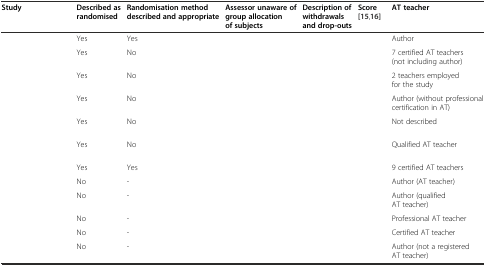
<table><thead><tr><td><b>Study</b></td><td><b>Described as randomised</b></td><td><b>Randomisation method described and appropriate</b></td><td><b>Assessor unaware of group allocation of subjects</b></td><td><b>Description of withdrawals and drop-outs</b></td><td><b>Score[15, 16]</b></td><td><b>AT teacher</b></td></tr></thead><tbody><tr><td>[EMPTY_CELL]</td><td>Yes</td><td>Yes</td><td>[EMPTY_CELL]</td><td>[EMPTY_CELL]</td><td>[EMPTY_CELL]</td><td>Author</td></tr><tr><td>[EMPTY_CELL]</td><td>Yes</td><td>No</td><td>[EMPTY_CELL]</td><td>[EMPTY_CELL]</td><td>[EMPTY_CELL]</td><td>7 certified AT teachers (not including author)</td></tr><tr><td>[EMPTY_CELL]</td><td>Yes</td><td>No</td><td>[EMPTY_CELL]</td><td>[EMPTY_CELL]</td><td>[EMPTY_CELL]</td><td>2 teachers employed for the study</td></tr><tr><td>[EMPTY_CELL]</td><td>Yes</td><td>No</td><td>[EMPTY_CELL]</td><td>[EMPTY_CELL]</td><td>[EMPTY_CELL]</td><td>Author (without professional certification in AT)</td></tr><tr><td>[EMPTY_CELL]</td><td>Yes</td><td>No</td><td>[EMPTY_CELL]</td><td>[EMPTY_CELL]</td><td>[EMPTY_CELL]</td><td>Not described</td></tr><tr><td>[EMPTY_CELL]</td><td>Yes</td><td>No</td><td>[EMPTY_CELL]</td><td>[EMPTY_CELL]</td><td>[EMPTY_CELL]</td><td>Qualified AT teacher</td></tr><tr><td>[EMPTY_CELL]</td><td>Yes</td><td>Yes</td><td>[EMPTY_CELL]</td><td>[EMPTY_CELL]</td><td>[EMPTY_CELL]</td><td>9 certified AT teachers</td></tr><tr><td>[EMPTY_CELL]</td><td>No</td><td>-</td><td>[EMPTY_CELL]</td><td>[EMPTY_CELL]</td><td>[EMPTY_CELL]</td><td>Author (AT teacher)</td></tr><tr><td>[EMPTY_CELL]</td><td>No</td><td>-</td><td>[EMPTY_CELL]</td><td>[EMPTY_CELL]</td><td>[EMPTY_CELL]</td><td>Author (qualified AT teacher)</td></tr><tr><td>[EMPTY_CELL]</td><td>No</td><td>-</td><td>[EMPTY_CELL]</td><td>[EMPTY_CELL]</td><td>[EMPTY_CELL]</td><td>Professional AT teacher</td></tr><tr><td>[EMPTY_CELL]</td><td>No</td><td>-</td><td>[EMPTY_CELL]</td><td>[EMPTY_CELL]</td><td>[EMPTY_CELL]</td><td>Certified AT teacher</td></tr><tr><td>[EMPTY_CELL]</td><td>No</td><td>-</td><td>[EMPTY_CELL]</td><td>[EMPTY_CELL]</td><td>[EMPTY_CELL]</td><td>Author (not a registered AT teacher)</td></tr></tbody></table>